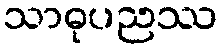
သာဓုပညဿ